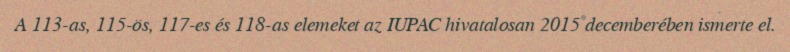
A 113-as, 115-ös, 117-es és 118-as elemeket az IUPAC hivatalosan 2015 decemberében ismerte el.